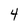
Character: 4